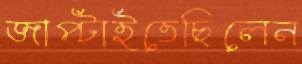
জাপ্‌টাইতেছিলেন